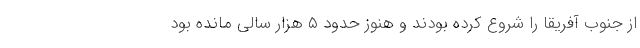
از جنوب آفریقا را شروع کرده بودند و هنوز حدود ۵ هزار سالی مانده بود